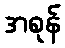
အစုန်